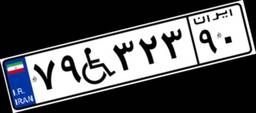
۷۹W۳۲۳۹۰